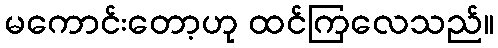
မကောင်းတော့ဟု ထင်ကြလေသည်။